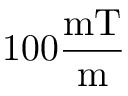
1 0 0 \frac { \mathrm { m T } } { \mathrm { m } }